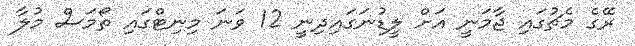
ރޭގެ މެޗުގައި ޖާމަނީ އަށް ލީޑުނަގައިދިނީ 12 ވަނަ މިނިޓްގައި ތޯމަސް މުލާ